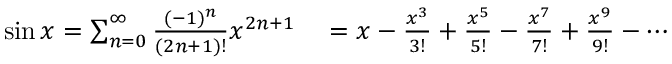
\begin{array} { r l } { \sin x = \sum _ { n = 0 } ^ { \infty } { \frac { ( - 1 ) ^ { n } } { ( 2 n + 1 ) ! } } x ^ { 2 n + 1 } } & { { } = x - { \frac { x ^ { 3 } } { 3 ! } } + { \frac { x ^ { 5 } } { 5 ! } } - { \frac { x ^ { 7 } } { 7 ! } } + { \frac { x ^ { 9 } } { 9 ! } } - \cdots } \end{array}